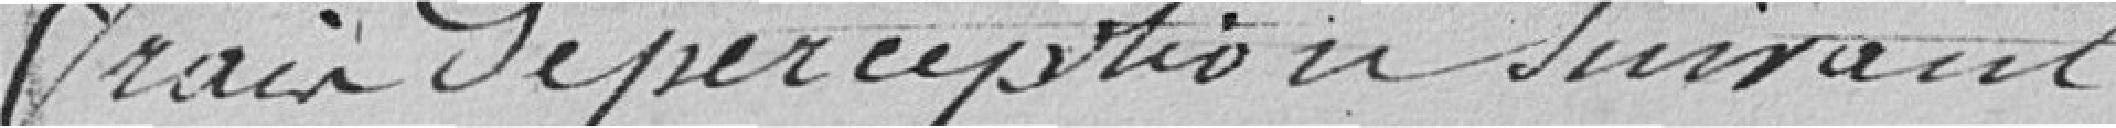
frais de perception suivant